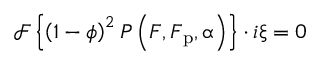
\mathcal { F } \left\{ \left( 1 - \phi \right) ^ { 2 } \boldsymbol { P } \left( \boldsymbol { F } , \boldsymbol { F } _ { \mathrm { p } } , \boldsymbol { \upalpha } \right) \right\} \cdot i \boldsymbol { \upxi } = 0